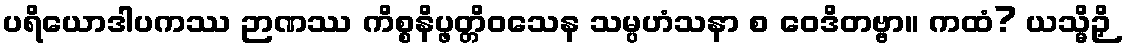
ပရိယောဒါပကဿ ဉာဏဿ ကိစ္စနိပ္ဖတ္တိဝသေန သမ္ပဟံသနာ စ ဝေဒိတဗ္ဗာ။ ကထံ? ယသ္မိဉှိ